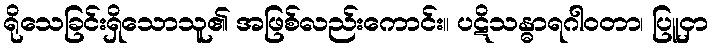
ရိုသေခြင်းရှိသောသူ၏ အဖြစ်လည်းကောင်း။ ပဋိသန္ဓာရဂါဝတာ၊ ပြူငှာ